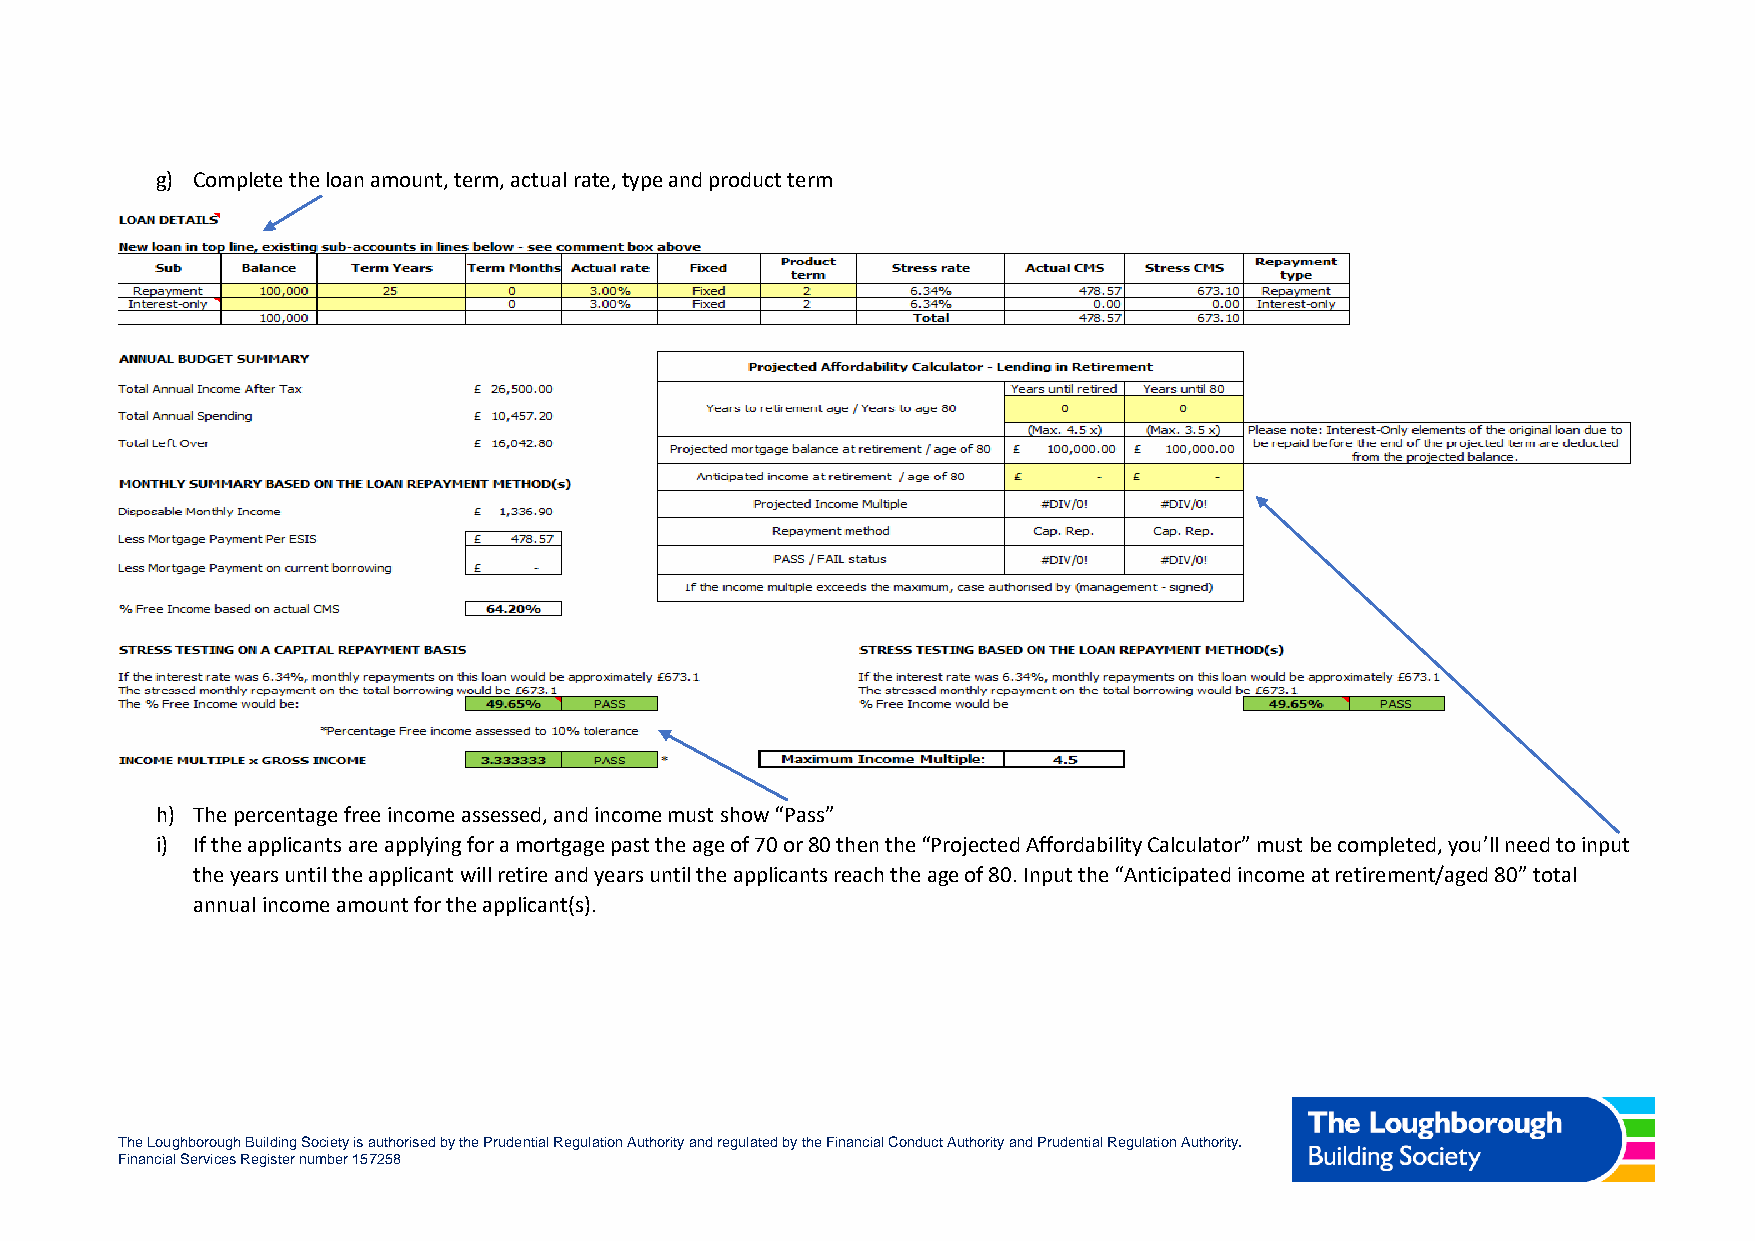
g) Complete the loan amount, term, actual rate, type and product term
 h) The percentage free income assessed, and income must show “Pass”
 i) If the applicants are applying for a mortgage past the age of 70 or 80 then the “Projected Affordability Calculator” must be completed, you’ll need to input
 the years until the applicant will retire and years until the applicants reach the age of 80. Input the “Anticipated income at retirement/aged 80” total
 annual income amount for the applicant(s).
 The Loughborough Building Society is authorised by the Prudential Regulation Authority and regulated by the Financial Conduct Authority and Prudential Regulation Authority.
 Financial Services Register number 157258